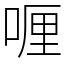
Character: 喱